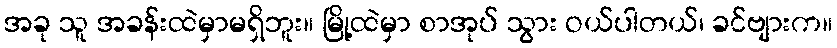
အခု သူ အခန်းထဲမှာမရှိဘူး။ မြို့ထဲမှာ စာအုပ် သွား ဝယ်ပါတယ်၊ ခင်ဗျားက။